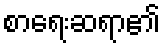
စာရေးဆရာ၏